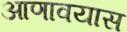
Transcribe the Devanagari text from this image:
आणावयास